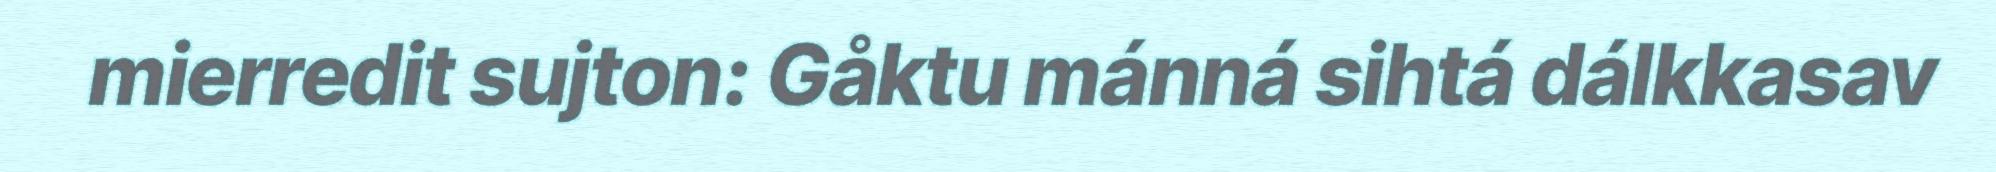
mierredit sujton: Gåktu mánná sihtá dálkkasav